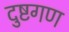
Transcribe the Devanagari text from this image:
दुष्टगण